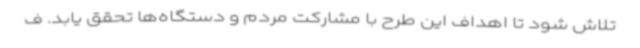
تلاش شود تا اهداف این طرح با مشارکت مردم و دستگاه‌ها تحقق یابد. ف